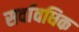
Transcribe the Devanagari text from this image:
सर्वावधिक